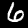
Label: 6